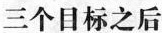
三个目标之后